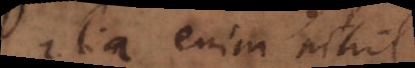
alia enim nihil